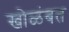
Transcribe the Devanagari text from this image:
खोळंबत